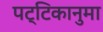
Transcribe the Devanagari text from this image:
पट्टिकानुमा